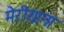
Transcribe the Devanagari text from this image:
मेरीयाना